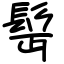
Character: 髩